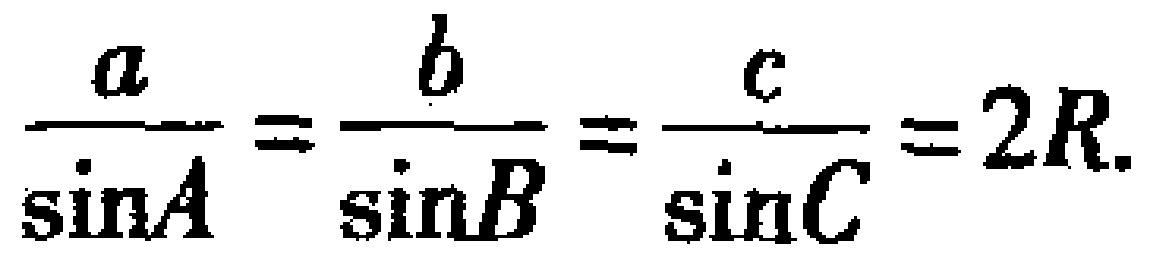
\(\frac{a}{\sin A}=\frac{b}{\sin B}=\frac{c}{\sin C}=2R\)